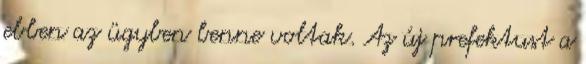
ebben az ügyben benne voltak. Az új prefektust a